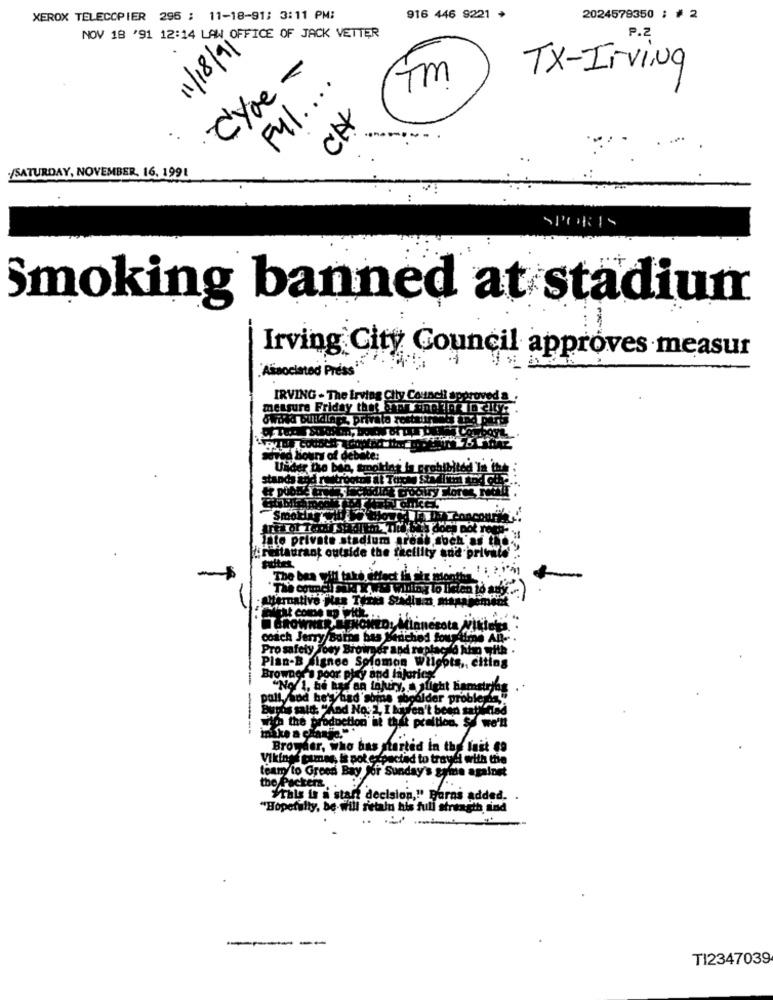
XEROX TELECOPIER 296 ; 11-18-91; 3:11 PM:
916 446 9221 *
2024579350 : # 2
NOV 18 '91 12:14 LAW OFFICE OF JACK VETTER
P.2
11/18/91
Cyve -
TX-Irving
Fyl ....
Tm
CH
/SATURDAY, NOVEMBER, 16, 1991
SPORTS
Smoking banned at stadium
Irving City Council approves measur
Associated Press'
IRVING - The irving City C
measure Friday thek Sam
Sword Buildings, privata restaur
ad liours of debate:
Under the ben, typokde
stands and restroot IL
Smoking , if
late private stadium
"restaurant outside the facility
The bea will tak
coach Jerry Borns bas KE
Pro safety
per and n
Plan-B signee Solomon Wilg
ting
Brownes a poor play and lajuric;
"No 1, he has an Injury,
ht lian
pall sod betagd' shine
Burns said: "And No: 2, I kaufen't bee
with the production it thit praltion, So we'!
------
mike a change."
Browder, who has started in the fait 69
Vikings games, is pot expectad to troyed with the
team to Green Bay or Sunday's grine against
the Packers
"Tals is i start decision,"" Barns added.
"Hopefully, be-will retain his full strength and
- --
T12347039